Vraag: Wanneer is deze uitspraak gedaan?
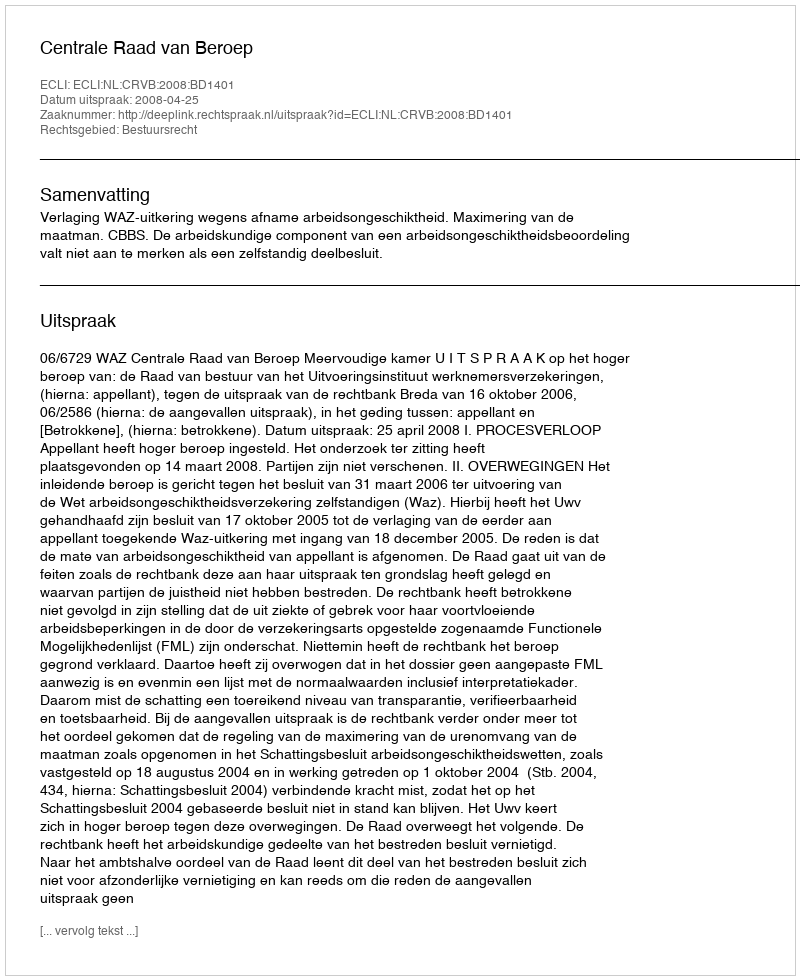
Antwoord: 2008-04-25